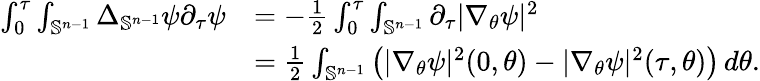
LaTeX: \begin{array}{rl}{\int_{0}^{\tau}\int_{\mathbb{S}^{n-1}}\Delta_{\mathbb{S}^{n-1}}\psi\partial_{\tau}\psi}&{=-\frac 12\int_{0}^{\tau}\int_{\mathbb{S}^{n-1}}\partial_{\tau}|\nabla_{\theta}\psi|^{2}}\\ &{=\frac 12\int_{\mathbb{S}^{n-1}}\big(|\nabla_{\theta}\psi|^{2}(0,\theta)-|\nabla_{\theta}\psi|^{2}(\tau,\theta)\big)\, d\theta.}\end{array}